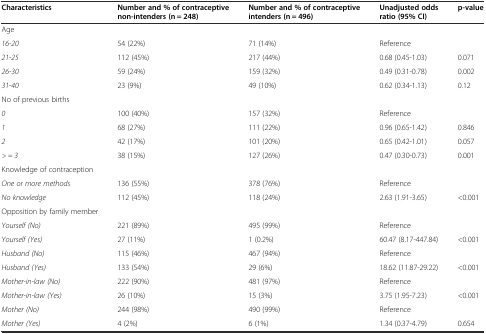
<table><thead><tr><td><b>Characteristics</b></td><td><b>Number and % of contraceptive non-intenders (n = 248)</b></td><td><b>Number and % of contraceptive intenders (n = 496)</b></td><td><b>Unadjusted odds ratio (95% CI)</b></td><td><b>p-value</b></td></tr></thead><tbody><tr><td>Age</td><td></td><td></td><td></td><td></td></tr><tr><td><i>16-20</i></td><td>54 (22%)</td><td>71 (14%)</td><td>Reference</td><td></td></tr><tr><td><i>21-25</i></td><td>112 (45%)</td><td>217 (44%)</td><td>0.68 (0.45-1.03)</td><td>0.071</td></tr><tr><td><i>26-30</i></td><td>59 (24%)</td><td>159 (32%)</td><td>0.49 (0.31-0.78)</td><td>0.002</td></tr><tr><td><i>31-40</i></td><td>23 (9%)</td><td>49 (10%)</td><td>0.62 (0.34-1.13)</td><td>0.12</td></tr><tr><td>No of previous births</td><td></td><td></td><td></td><td></td></tr><tr><td><i>0</i></td><td>100 (40%)</td><td>157 (32%)</td><td>Reference</td><td></td></tr><tr><td><i>1</i></td><td>68 (27%)</td><td>111 (22%)</td><td>0.96 (0.65-1.42)</td><td>0.846</td></tr><tr><td><i>2</i></td><td>42 (17%)</td><td>101 (20%)</td><td>0.65 (0.42-1.01)</td><td>0.057</td></tr><tr><td><i>&gt; = 3</i></td><td>38 (15%)</td><td>127 (26%)</td><td>0.47 (0.30-0.73)</td><td>0.001</td></tr><tr><td>Knowledge of contraception</td><td></td><td></td><td></td><td></td></tr><tr><td><i>One or more methods</i></td><td>136 (55%)</td><td>378 (76%)</td><td>Reference</td><td></td></tr><tr><td><i>No knowledge</i></td><td>112 (45%)</td><td>118 (24%)</td><td>2.63 (1.91-3.65)</td><td>&lt;0.001</td></tr><tr><td>Opposition by family member</td><td></td><td></td><td></td><td></td></tr><tr><td><i>Yourself (No)</i></td><td>221 (89%)</td><td>495 (99%)</td><td>Reference</td><td></td></tr><tr><td><i>Yourself (Yes)</i></td><td>27 (11%)</td><td>1 (0.2%)</td><td>60.47 (8.17-447.84)</td><td>&lt;0.001</td></tr><tr><td><i>Husband (No)</i></td><td>115 (46%)</td><td>467 (94%)</td><td>Reference</td><td></td></tr><tr><td><i>Husband (Yes)</i></td><td>133 (54%)</td><td>29 (6%)</td><td>18.62 (11.87-29.22)</td><td>&lt;0.001</td></tr><tr><td><i>Mother-in-law (No)</i></td><td>222 (90%)</td><td>481 (97%)</td><td>Reference</td><td></td></tr><tr><td><i>Mother-in-law (Yes)</i></td><td>26 (10%)</td><td>15 (3%)</td><td>3.75 (1.95-7.23)</td><td>&lt;0.001</td></tr><tr><td><i>Mother (No)</i></td><td>244 (98%)</td><td>490 (99%)</td><td>Reference</td><td></td></tr><tr><td><i>Mother (Yes)</i></td><td>4 (2%)</td><td>6 (1%)</td><td>1.34 (0.37-4.79)</td><td>0.654</td></tr></tbody></table>